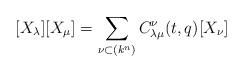
LaTeX: \begin{align*}\lbrack X_{\lambda }][X_{\mu }]=\sum_{\nu\subset (k^n)}C_{\lambda \mu}^{\nu}(t,q)[X_{\nu }] \end{align*}